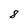
Character: 8